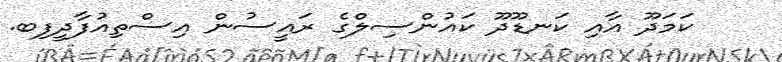
ކަމަދޫ އާއި ކަނޑޫދޫ ކައުންސިލްގެ ރައީސުން އިސްތިއުފާދީފިބ.